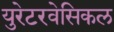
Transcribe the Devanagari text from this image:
युरेटरवेसिकल